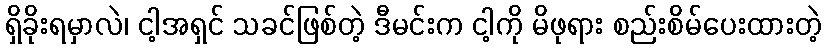
ရှိခိုးရမှာလဲ၊ ငါ့အရှင် သခင်ဖြစ်တဲ့ ဒီမင်းက ငါ့ကို မိဖုရား စည်းစိမ်ပေးထားတဲ့